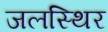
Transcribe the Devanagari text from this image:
जलस्थिर